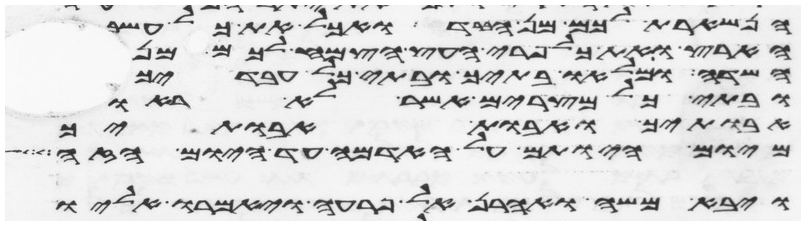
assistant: הנשארת לכם מן הברד ואכל את כל עשב
הארץ ואת כל פרי העץ הצמח לכם מן
השדה ומלאו בתיך ובתי כל עבדיך
ובתי כל מצרים אשר לא ראו
אבתיך ואבות אבתיך
מיום היותם על האדמה עד היום הזה
ויבא משה ואהרן אל פרעה ויאמרו אליו